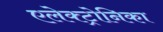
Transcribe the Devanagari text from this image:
एलेक्ट्रोनिका